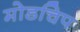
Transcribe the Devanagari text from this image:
मोडचिप